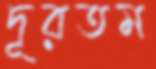
দূরতম